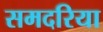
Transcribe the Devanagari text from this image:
समदरिया